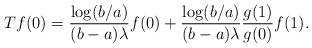
LaTeX: \begin{align*} Tf(0) =\frac{\log(b/a)}{(b-a) \lambda }f(0) + \frac{\log(b/a)}{(b-a)\lambda} \frac{g(1)}{g(0)}f(1) .\end{align*}